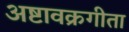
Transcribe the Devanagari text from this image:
अष्टावक्रगीता